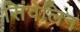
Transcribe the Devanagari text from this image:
सिंवेलिन